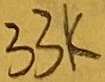
Text: 33K